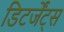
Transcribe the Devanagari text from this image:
डिटर्जेंट्स